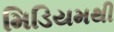
મિડિયમથી